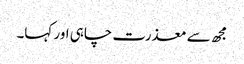
مجھ سے معذرت چاہی اور کہا۔